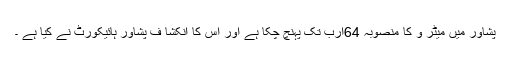
پشاور میں میٹر و کا منصوبہ 64ارب تک پہنچ چکا ہے اور اس کا انکشا ف پشاور ہائیکورٹ نے کیا ہے ۔